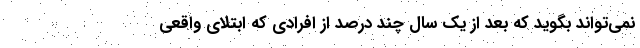
نمی‌تواند بگوید که بعد از یک سال چند درصد از افرادی که ابتلای واقعی